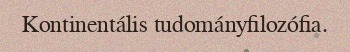
Kontinentális tudományfilozófia.